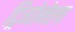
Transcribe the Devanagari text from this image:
ट्रिगोनेला